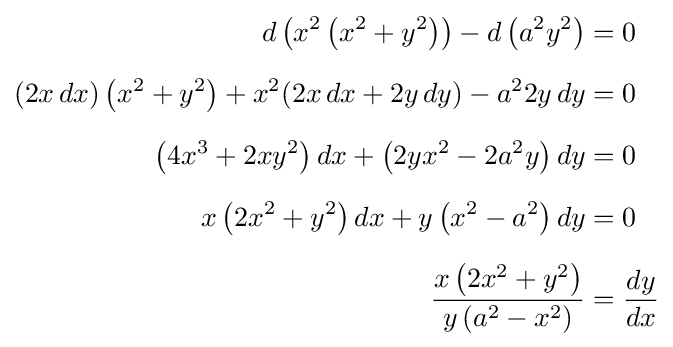
{\begin{aligned}d\left(x^{2}\left(x^{2}+y^{2}\right)\right)-d\left(a^{2}y^{2}\right)&=0\\[6px](2x\,dx)\left(x^{2}+y^{2}\right)+x^{2}(2x\,dx+2y\,dy)-a^{2}2y\,dy&=0\\[6px]\left(4x^{3}+2xy^{2}\right)dx+\left(2yx^{2}-2a^{2}y\right)dy&=0\\[6px]x\left(2x^{2}+y^{2}\right)dx+y\left(x^{2}-a^{2}\right)dy&=0\\[6px]{\frac {x\left(2x^{2}+y^{2}\right)}{y\left(a^{2}-x^{2}\right)}}&={\frac {dy}{dx}}\end{aligned}}